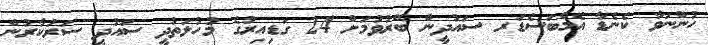
ހުންނަވާ ކެނެޑާ އެމްބަސެޑަރ ސައުދީން ބޭރުވުމަށް 24 ގަޑިއިރުގެ މުހުލަތުދީ ސައުދީ ސަރުކާރުން